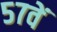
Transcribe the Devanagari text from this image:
५७वें